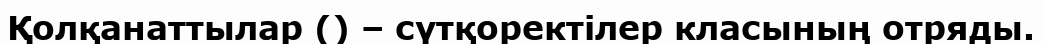
Қолқанаттылар () – сүтқоректілер класының отряды.